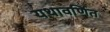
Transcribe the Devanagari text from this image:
यथावर्णित